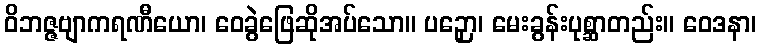
ဝိဘဇ္ဇဗျာကရဏီယော၊ ဝေခွဲဖြေဆိုအပ်သော။ ပဉှော၊ မေးခွန်းပုစ္ဆာတည်း။ ဝေဒနာ၊